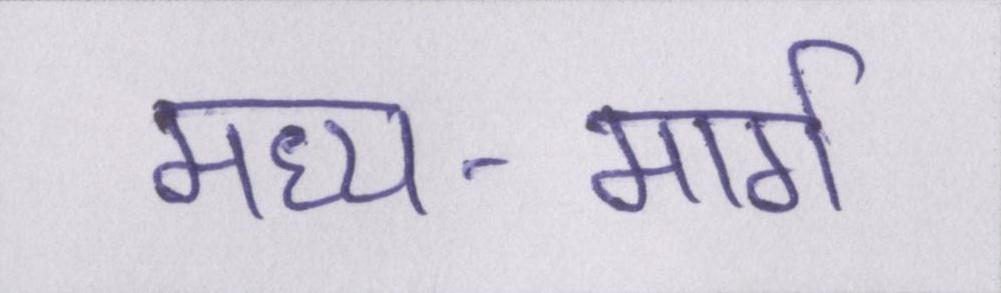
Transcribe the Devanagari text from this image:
मध्य-मार्ग